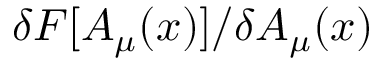
{ \delta F [ A _ { \mu } ( x ) ] / \delta A _ { \mu } ( x ) }